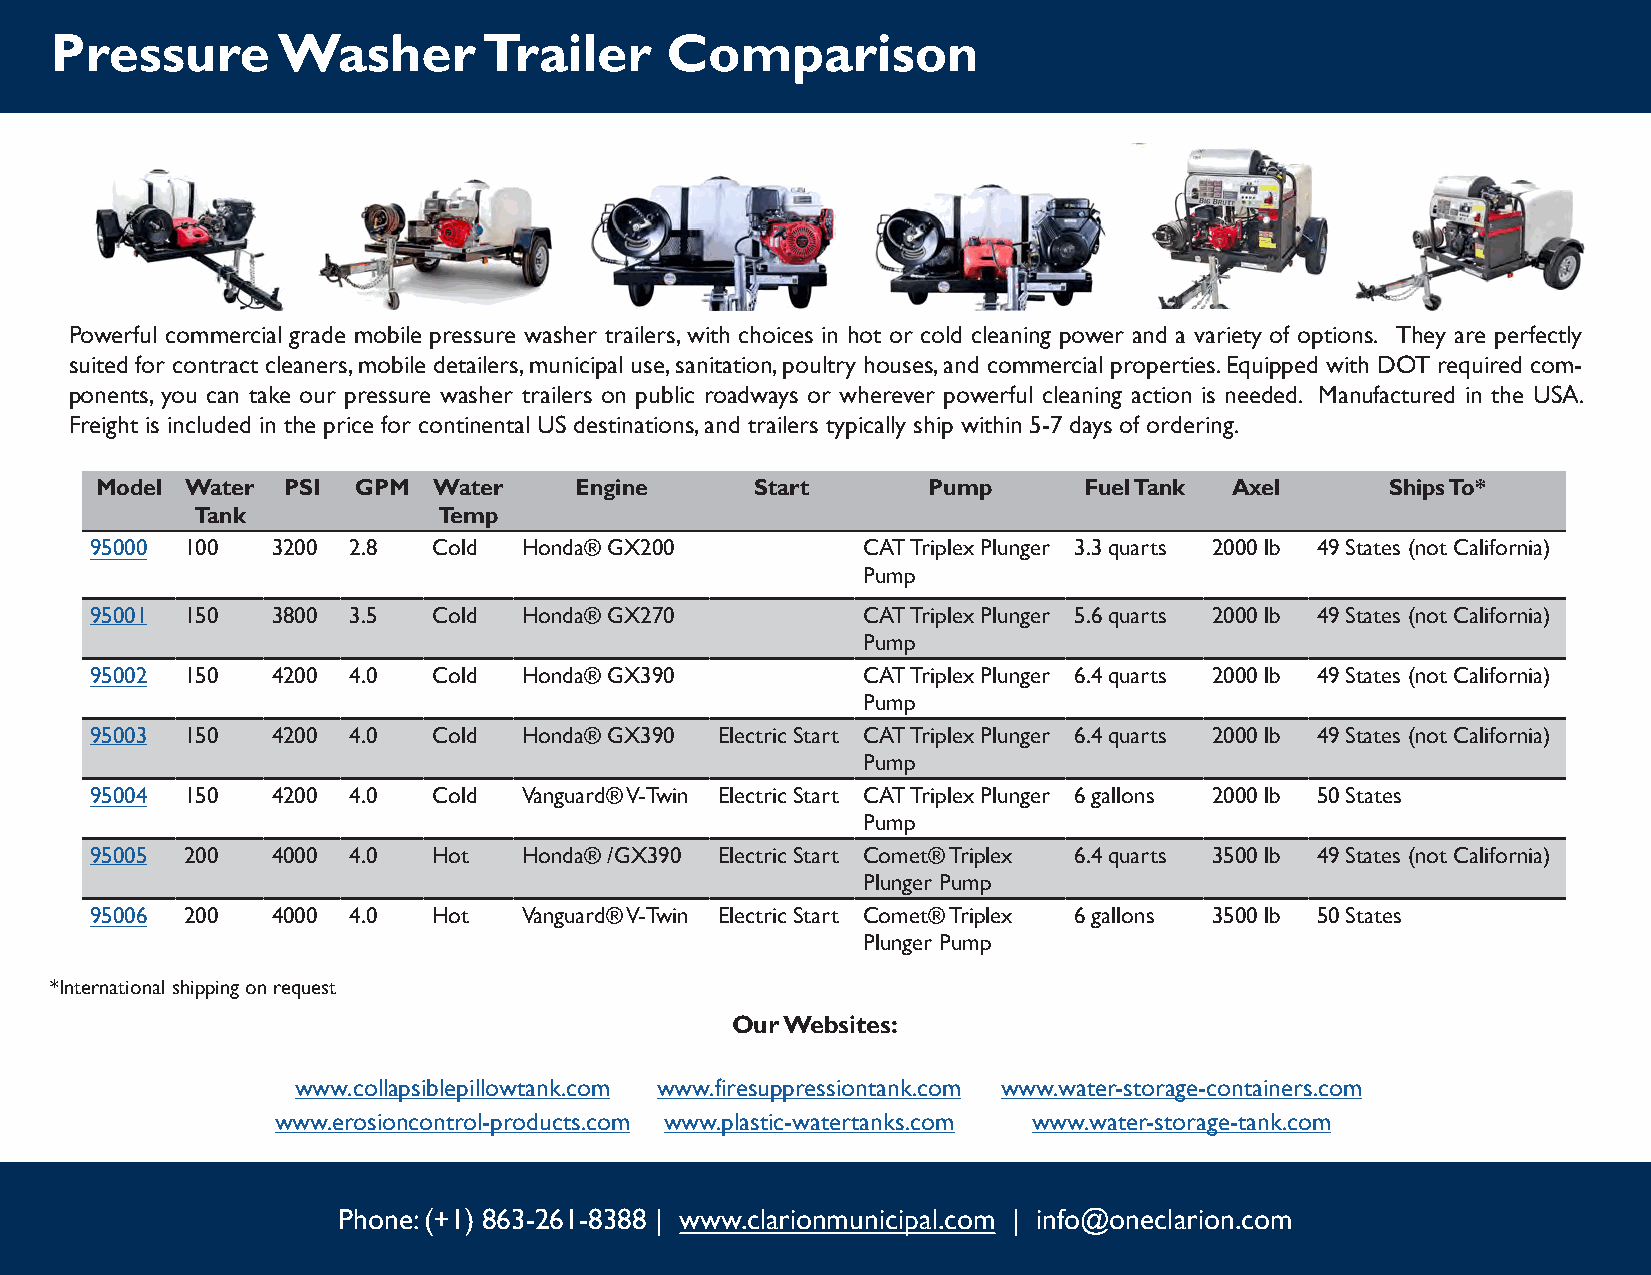
Pressure       Washer        Trailer     Comparison
 Powerful commercial grade mobile pressure washer trailers, with choices in hot or cold cleaning power and a variety of options. They are perfectly
 suited for contract cleaners, mobile detailers, municipal use, sanitation, poultry houses, and commercial properties. Equipped with DOT required com-
 ponents, you can take our pressure washer trailers on public roadways or wherever powerful cleaning action is needed. Manufactured in the USA.
 Freight is included in the price for continental US destinations, and trailers typically ship within 5-7 days of ordering.
 Model Water  PSI GPM   Water    Engine      Start      Pump       Fuel Tank Axel      Ships To*
 Tank            Temp
 95000 100   3200 2.8   Cold  Honda® GX200          CAT Triplex Plunger 3.3 quarts 2000 lb 49 States (not California)
 Pump
 95001 150   3800 3.5   Cold  Honda® GX270          CAT Triplex Plunger 5.6 quarts 2000 lb 49 States (not California)
 Pump
 95002 150   4200 4.0   Cold  Honda® GX390          CAT Triplex Plunger 6.4 quarts 2000 lb 49 States (not California)
 Pump
 95003 150   4200 4.0   Cold  Honda® GX390 Electric Start CAT Triplex Plunger 6.4 quarts 2000 lb 49 States (not California)
 Pump
 95004 150   4200 4.0   Cold  Vanguard® V-Twin Electric Start CAT Triplex Plunger 6 gallons 2000 lb 50 States
 Pump
 95005 200   4000 4.0   Hot   Honda® /GX390 Electric Start Comet® Triplex 6.4 quarts 3500 lb 49 States (not California)
 Plunger Pump
 95006 200   4000 4.0   Hot   Vanguard® V-Twin Electric Start Comet® Triplex 6 gallons 3500 lb 50 States
 Plunger Pump
 *International shipping on request
 Our Websites:
 www.collapsiblepillowtank.com www.firesuppressiontank.com www.water-storage-containers.com
 www.erosioncontrol-products.com www.plastic-watertanks.com www.water-storage-tank.com
 Phone: (+1) 863-261-8388 | www.clarionmunicipal.com | info@oneclarion.com